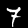
Digit: 7